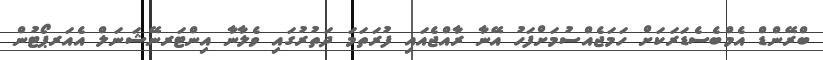
ބްރޭންޑް އެމްބެސެޑަރަކަށް ހަމަޖެއްސުމަށްފަހު އޭނާ ރާއްޖެއައި ފުރަތަމަ ދަތުރުގައި ވެލާނާ އިންޓަރނޭޝަނަލް އެއަރޕޯޓުން